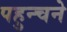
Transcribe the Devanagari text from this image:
पहुन्चने